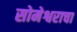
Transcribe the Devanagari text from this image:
सोमेश्वराचा